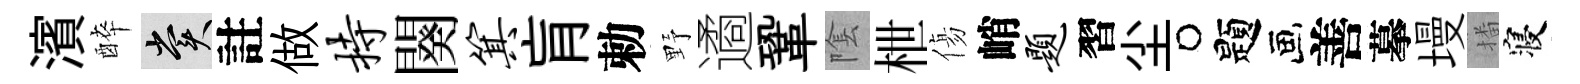
濱醉賞註做持闋箕肓勅野遹鞏隂枻傷峭题習尘题善摹墁播寝